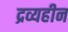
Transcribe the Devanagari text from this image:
द्रव्यहीन